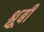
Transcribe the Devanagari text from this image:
श्लूबी